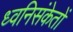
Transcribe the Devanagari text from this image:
ध्वनिसंकेतों